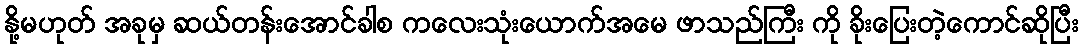
နို့မဟုတ် အခုမှ ဆယ်တန်းအောင်ခါစ ကလေးသုံးယောက်အမေ ဖာသည်ကြီး ကို ခိုးပြေးတဲ့ကောင်ဆိုပြီး